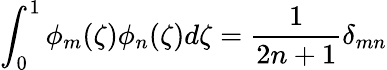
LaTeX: \int_{0}^{1}\phi_{m}(\zeta)\phi_{n}(\zeta)d\zeta=\frac{1}{2n+1}\delta_{mn}